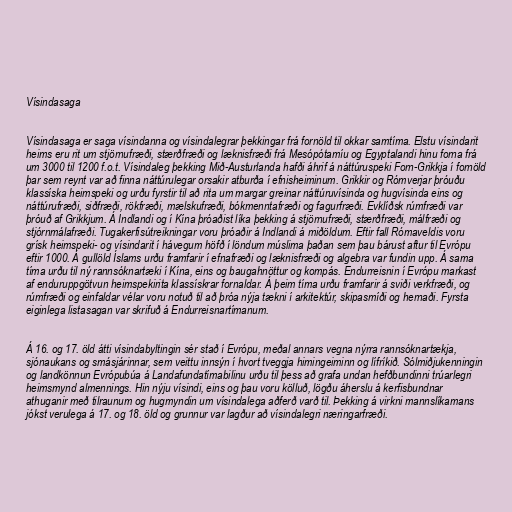
Vísindasaga

Vísindasaga er saga vísindanna og vísindalegrar þekkingar frá fornöld til okkar samtíma. Elstu vísindarit
heims eru rit um stjörnufræði, stærðfræði og læknisfræði frá Mesópótamíu og Egyptalandi hinu forna frá
um 3000 til 1200 f.o.t. Vísindaleg þekking Mið-Austurlanda hafði áhrif á náttúruspeki Forn-Grikkja í fornöld
þar sem reynt var að finna náttúrulegar orsakir atburða í efnisheiminum. Grikkir og Rómverjar þróuðu
klassíska heimspeki og urðu fyrstir til að rita um margar greinar náttúruvísinda og hugvísinda eins og
náttúrufræði, siðfræði, rökfræði, mælskufræði, bókmenntafræði og fagurfræði. Evklíðsk rúmfræði var
þróuð af Grikkjum. Á Indlandi og í Kína þróaðist líka þekking á stjörnufræði, stærðfræði, málfræði og
stjórnmálafræði. Tugakerfisútreikningar voru þróaðir á Indlandi á miðöldum. Eftir fall Rómaveldis voru
grísk heimspeki- og vísindarit í hávegum höfð í löndum múslima þaðan sem þau bárust aftur til Evrópu
eftir 1000. Á gullöld Íslams urðu framfarir í efnafræði og læknisfræði og algebra var fundin upp. Á sama
tíma urðu til ný rannsóknartæki í Kína, eins og baugahnöttur og kompás. Endurreisnin í Evrópu markast
af enduruppgötvun heimspekirita klassískrar fornaldar. Á þeim tíma urðu framfarir á sviði verkfræði, og
rúmfræði og einfaldar vélar voru notuð til að þróa nýja tækni í arkitektúr, skipasmíði og hernaði. Fyrsta
eiginlega listasagan var skrifuð á Endurreisnartímanum.

Á 16. og 17. öld átti vísindabyltingin sér stað í Evrópu, meðal annars vegna nýrra rannsóknartækja,
sjónaukans og smásjárinnar, sem veittu innsýn í hvort tveggja himingeiminn og lífríkið. Sólmiðjukenningin
og landkönnun Evrópubúa á Landafundatímabilinu urðu til þess að grafa undan hefðbundinni trúarlegri
heimsmynd almennings. Hin nýju vísindi, eins og þau voru kölluð, lögðu áherslu á kerfisbundnar
athuganir með tilraunum og hugmyndin um vísindalega aðferð varð til. Þekking á virkni mannslíkamans
jókst verulega á 17. og 18. öld og grunnur var lagður að vísindalegri næringarfræði.